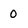
Character: 0